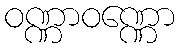
ဝဏ္ဏာဝဏ္ဏော